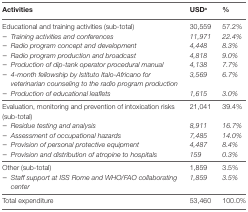
<table><thead><tr><td><b>Activities</b></td><td><b>USD<sup>a</sup></b></td><td><b>%</b></td></tr></thead><tbody><tr><td>Educational and training activities (sub-total)</td><td>30,559</td><td>57.2%</td></tr><tr><td>– <i>Training activities and conferences</i></td><td><i>11,971</i></td><td><i>22.4%</i></td></tr><tr><td>– <i>Radio program concept and development</i></td><td><i>4,448</i></td><td><i>8.3%</i></td></tr><tr><td>– <i>Radio program production and broadcast</i></td><td><i>4,818</i></td><td><i>9.0%</i></td></tr><tr><td>– <i>Production of dip-tank operator procedural manual</i></td><td><i>4,138</i></td><td><i>7.7%</i></td></tr><tr><td>– <i>4-month fellowship by Istituto Italo-Africano for veterinarian counseling to the radio program production</i></td><td><i>3,569</i></td><td><i>6.7%</i></td></tr><tr><td>– <i>Production of educational leaflets</i></td><td><i>1,615</i></td><td><i>3.0%</i></td></tr><tr><td>Evaluation, monitoring and prevention of intoxication risks (sub-total)</td><td>21,041</td><td>39.4%</td></tr><tr><td>– <i>Residue testing and analysis</i></td><td><i>8,911</i></td><td><i>16.7%</i></td></tr><tr><td>– <i>Assessment of occupational hazards</i></td><td><i>7,485</i></td><td><i>14.0%</i></td></tr><tr><td>– <i>Provision of personal protective equipment</i></td><td><i>4,487</i></td><td><i>8.4%</i></td></tr><tr><td>– <i>Provision and distribution of atropine to hospitals</i></td><td><i>159</i></td><td><i>0.3%</i></td></tr><tr><td>Other (sub-total)</td><td>1,859</td><td>3.5%</td></tr><tr><td>– <i>Staff support at ISS Rome and WHO/FAO collaborating center</i></td><td><i>1,859</i></td><td><i>3.5%</i></td></tr><tr><td>Total expenditure</td><td>53,460</td><td>100.0%</td></tr></tbody></table>